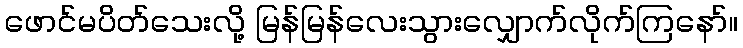
ဖောင်မပိတ်သေးလို့ မြန်မြန်လေးသွားလျှောက်လိုက်ကြနော်။